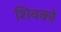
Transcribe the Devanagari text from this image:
शिवको